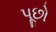
પૂછો